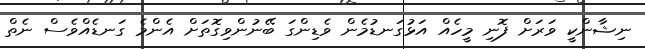
ނިޝާންކީ ވަރަށް ފޮނި މީހެއް އަޅުގަނޑުމެން ވެޑިންގަ ބޭނުންވިގޮތަށް އެންމެ ގަނޑެއްވެސް ނެތް